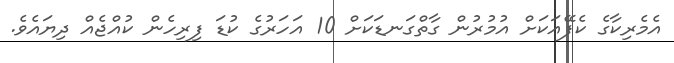
އެމެރިކާގެ ކެފޭއަކަށް އުމުރުން ގާތްގަނޑަކަށް 10 އަހަރުގެ ކުޑަ ފިރިހެން ކުއްޖެއް ދިޔައެވެ.